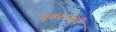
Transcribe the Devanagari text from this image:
युवराजचे